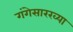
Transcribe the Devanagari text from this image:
गंगेसारख्या